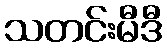
သတင်းမီဒီ